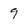
Character: 9